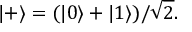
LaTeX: | + \rangle = ( | 0 \rangle + | 1 \rangle ) / { \sqrt { 2 } } .